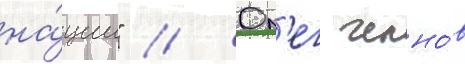
на́ции" // Ол'ег челно́в